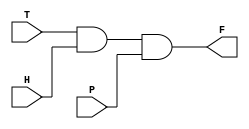
// WARNING: Do NOT edit the input and output ports in this file in a text
// editor if you plan to continue editing the block that represents it in
// the Block Editor! File corruption is VERY likely to occur.

// Copyright (C) 1991-2016 Altera Corporation. All rights reserved.
// Your use of Altera Corporation's design tools, logic functions
// and other software and tools, and its AMPP partner logic
// functions, and any output files from any of the foregoing
// (including device programming or simulation files), and any
// associated documentation or information are expressly subject
// to the terms and conditions of the Altera Program License
// Subscription Agreement, the Altera Quartus Prime License Agreement,
// the Altera MegaCore Function License Agreement, or other
// applicable license agreement, including, without limitation,
// that your use is for the sole purpose of programming logic
// devices manufactured by Altera and sold by Altera or its
// authorized distributors.  Please refer to the applicable
// agreement for further details.


// Generated by Quartus Prime Version 16.0 (Build Build 211 04/27/2016)
// Created on Fri Sep 23 11:46:32 2016

//  Module Declaration
module power_saver
(
// {{ALTERA_ARGS_BEGIN}} DO NOT REMOVE THIS LINE!
P, T, H, F
// {{ALTERA_ARGS_END}} DO NOT REMOVE THIS LINE!
);
// Port Declaration

// {{ALTERA_IO_BEGIN}} DO NOT REMOVE THIS LINE!
input P;
input T;
input H;
output F;
// {{ALTERA_IO_END}} DO NOT REMOVE THIS LINE!



assign F = T & H & P;



endmodule